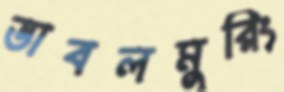
ডাবলমুরিং